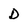
Character: d